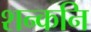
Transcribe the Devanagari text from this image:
शन्कनि